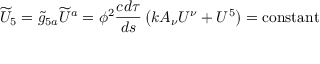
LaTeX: { \widetilde { U } } _ { 5 } = { \widetilde { g } } _ { 5 a } { \widetilde { U } } ^ { a } = \phi ^ { 2 } { \frac { c d \tau } { d s } } \left( k A _ { \nu } U ^ { \nu } + U ^ { 5 } \right) = \mathrm { { c o n s t a n t } }